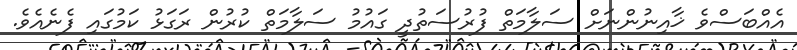
އެއްބަސްވެ ޚާއިނުންނަށް ސަލާމަތް ފުރުސަތުދީ ގައުމު ސަލާމަތް ކުރުން ރަގަޅު ކަމުގައި ފެނެއެވެ.